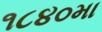
૧૮૪૦મા